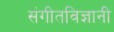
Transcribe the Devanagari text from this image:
संगीतविज्ञानी